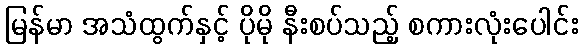
မြန်မာ အသံထွက်နှင့် ပိုမို နီးစပ်သည့် စကားလုံးပေါင်း